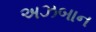
અઝબાન